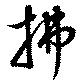
拂